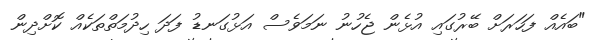
"ބައެއް ފަހަރަށް ބޭރުގައި އުޅެން ޖެހުނު ނަމަވެސް އަޅުގަނޑު ފަދަ ހިދުމަތްތަކެއް ކޮށްދިން